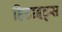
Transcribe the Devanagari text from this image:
हिटाइट्स